Annual report on the working of the mental hospitals in the Madras Presidency - 1912-1932
Year: 1912
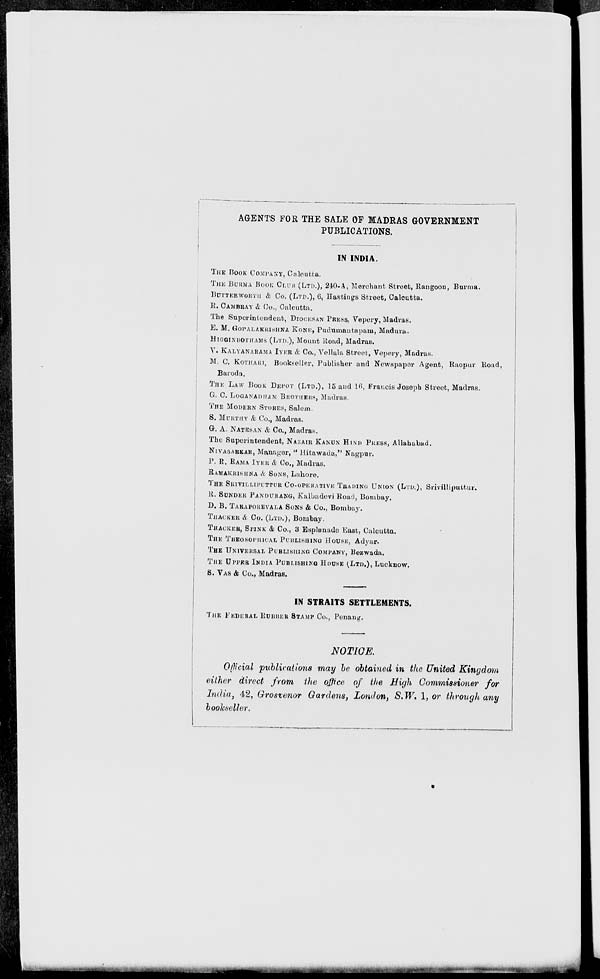
AGENTS FOR THE SALE OF MADRAS GOVERNMENT
PUBLICATIONS.
IN INDIA.
THE BOOK COMPANY, Calcutta.
THE BURMA BOOK CLUB (LTD.), 240-A, Merchant Street, Rangoon, Burma.
BUTTERWORTH & Co. (LTD.), 6, Hastings Street, Calcutta.
R. CAMBRAY & Co., Calcutta.
The Superintendent, DIOCESAN PRESS, Vepery, Madras.
E. M. GOPALAKRISHNA KONE, Pudumantapam, Madura.
HIGGINBOTHAMS (LTD.), Mount Road, Madras.
V. KALYANARAMA IYER & Co., Vellala Street, Vepery, Madras.
M. C. KOTHARI, Bookseller, Publisher and Newspaper Agent, Raopur Road,
Baroda.
THE LAW BOOK DEPOT (LTD.), 15 and 16, Francis Joseph Street, Madras.
G. C. LOGANADHAM BROTHERS, Madras.
THE MODERN STORES, Salem
S. MURTHY & Co., Madras.
G. A. NATESAN & Co., Madras.
The Superintendent, NAZAIR KANUN HIND PRESS , Allahabad.
NIVASARKAR, Manager, " Hitawada," Nagpur.
P. R. RAMA IYER & Co., Madras.
RAMAKRISHNA & SONS, Lahore.
THE SRIVILLIPUTTUR CO-OPERATIVE TRADING UNION (LTD.), Srivilliputtur.
R. SUNDER PANDURANG, Kalbadevi Road, Bombay.
D. B. TARAPOREVALA SONS & Co., Bombay.
THACKER & Co. (LTD.), Bombay.
THACKER, SPINK & Co., 3 Esplanade East, Calcutta.
THE THEOSOPHICAL PUBLISHING HOUSE, Adyar.
THE UNIVERSAL PUBLISHIING COMPANY, Bezwada.
THE UPPER INDIA PUBLISHING HOUSE (LTD.), Lucknow.
S. VAS & Co., Madras.
IN STRAITS SETTLEMENTS.
THE FEDERAL RUBBER STAMP Co., Penang.
NOTICE.
Official publications may be obtained in the United Kingdom
either direct from the office of the High Commissioner for
India, 42, Grosvenor Gardens, London, S.W. 1, or through any
bookseller.